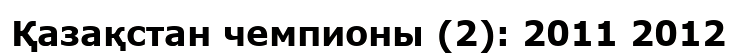
Қазақстан чемпионы (2): 2011 2012